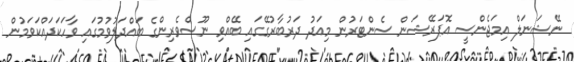
ނޭޝަނަލް އިމަޖެންސީ އޮޕަރޭޝަން ސެންޓަރުން މިއަދު ދަރުބާރުގޭގައި ބޭއްވި ނޫސްވެރިންގެ ބައްދަލުވުމުގައި ވާހަކަދައްކަވަމުން